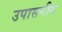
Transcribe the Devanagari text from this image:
उपासनीय